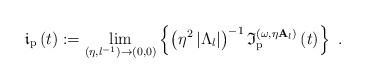
LaTeX: \begin{align*}\mathfrak{i}_{\mathrm{p}}\left( t\right) :=\underset{(\eta,l^{-1})\rightarrow (0,0)}{\lim }\left\{ \left( \eta ^{2}\left\vert \Lambda_{l}\right\vert \right) ^{-1}\mathfrak{I}_{\mathrm{p}}^{(\omega ,\eta\mathbf{A}_{l})}\left( t\right) \right\} \ .\end{align*}